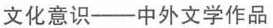
文化意识--中外文学作品